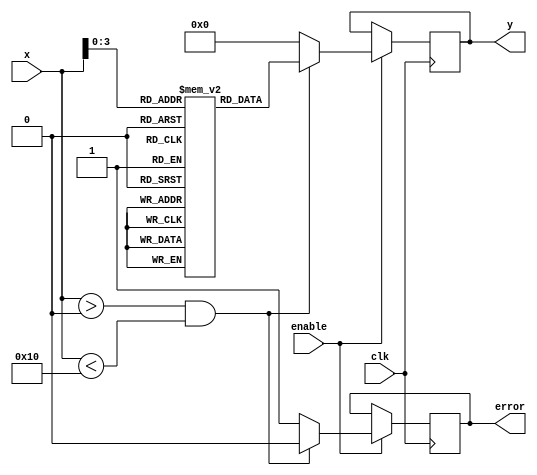
module LogarithmicFunctionGenerator (
    input wire clk,                // Clock signal
    input wire enable,             // Enable signal
    input wire [15:0] x,           // Input signal (fixed-point representation)
    output reg [15:0] y,           // Output signal (logarithmic representation)
    output reg error               // Error flag for invalid input
);

    // Lookup table for log values (example values for log2(x) from 1 to 16)
    reg [15:0] log_lut [0:15];
    
    initial begin
        log_lut[0] = 16'h0000; // log(1) = 0
        log_lut[1] = 16'h0000; // log(2) = 1
        log_lut[2] = 16'h0001; // log(3) = approx 1.585
        log_lut[3] = 16'h0001; // log(4) = 2
        log_lut[4] = 16'h0001; // log(5) = approx 2.321
        log_lut[5] = 16'h0001; // log(6) = approx 2.585
        log_lut[6] = 16'h0001; // log(7) = approx 2.807
        log_lut[7] = 16'h0002; // log(8) = 3
        log_lut[8] = 16'h0002; // log(9) = approx 3.170
        log_lut[9] = 16'h0002; // log(10) = 3.321
        log_lut[10] = 16'h0002; // log(11) = approx 3.459
        log_lut[11] = 16'h0002; // log(12) = approx 3.585
        log_lut[12] = 16'h0002; // log(13) = approx 3.665
        log_lut[13] = 16'h0003; // log(14) = approx 3.807
        log_lut[14] = 16'h0003; // log(15) = approx 3.906
        log_lut[15] = 16'h0003; // log(16) = 4
    end

    always @(posedge clk) begin
        if (enable) begin
            if (x > 0 && x < 16) begin
                y <= log_lut[x]; // Lookup the logarithm value
                error <= 0;      // No error
            end else begin
                y <= 16'h0000;   // Default output (or handle as needed)
                error <= 1;      // Set error flag for invalid input
            end
        end
    end

endmodule